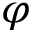
\varphi